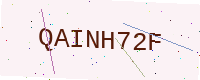
Text: QAINH72F